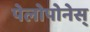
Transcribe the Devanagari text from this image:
पेलोपोनेस्